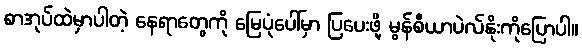
စာအုပ်ထဲမှာပါတဲ့ နေရာတွေကို မြေပုံပေါ်မှာ ပြပေးဖို့ မွန်စီယာပဲလ်နိုးကိုပြောပါ။